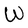
Character: W